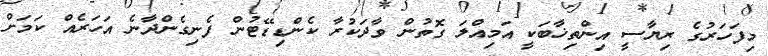
މިފަހަރުގެ ރިޔާސީ އިންތިޚާބަކީ އަމިއްލަ ގޮތުން ވާދަކުރާ ކެންޑިޑޭޓުން ފެނިގެންދާނެ އަހަރެއް ކަމަށް